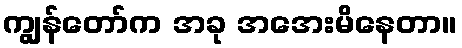
ကျွန်တော်က အခု အအေးမိနေတာ။